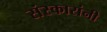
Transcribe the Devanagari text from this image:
संस्कारांनी